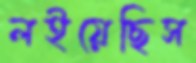
লইয়েছিস